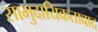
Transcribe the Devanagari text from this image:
सामुदायिकतावाद